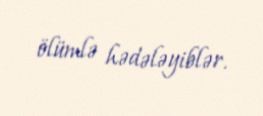
ölümlə hədələyiblər.